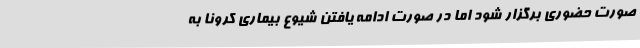
صورت حضوری برگزار شود اما در صورت ادامه یافتن شیوع بیماری کرونا به